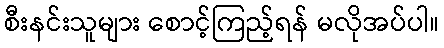
စီးနင်းသူများ စောင့်ကြည့်ရန် မလိုအပ်ပါ။